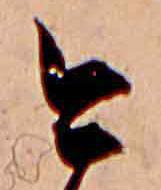
今